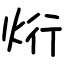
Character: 烆